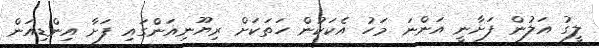
ލީގު އަލުން ފަށާނީ އަންނަ މަހު އެކަކުން ހަތަކަށް ރިޔޫނިއަންގައި ފަށާ އިންޑިއަން